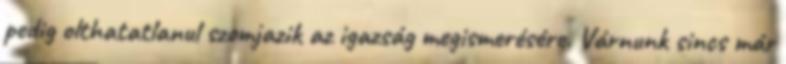
pedig olthatatlanul szomjazik az igazság megismerésére. Várnunk sincs már